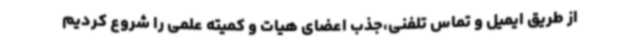
از طریق ایمیل و تماس تلفنی،جذب اعضای هیات و کمیته علمی را شروع کردیم